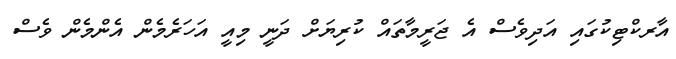
އާރކްޓިކުގައި އަދިވެސް އެ ޖަރީމާތައް ކުރިޔަށް ދަނީ މިއީ އަހަރެމެން އެންމެން ވެސް